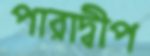
পারাদ্বীপ